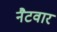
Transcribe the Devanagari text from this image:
नैटवार